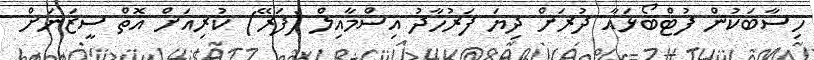
ހިސާބަކުން ފުޓްބޯޅައާ ދުރަށް ދިޔަ ފަރުހާދު އިސްމާއިލް (ފަރޭ) ކުރިއަށް އޮތް ސީޒަނަށް